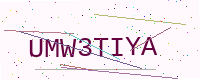
Text: UMW3TIYA